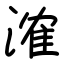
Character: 㴶